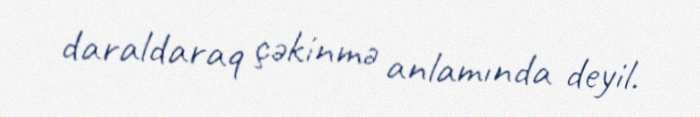
daraldaraq çəkinmə anlamında deyil.